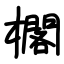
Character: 櫊